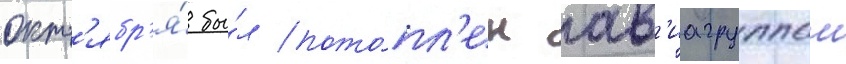
окт'ябр'я́ бы́л пото́пл'ен ав'иагруппои